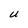
Character: U